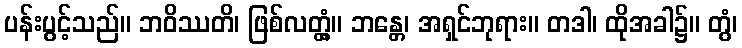
ပန်းပွင့်သည်။ ဘဝိဿတိ၊ ဖြစ်လတ္တံ့။ ဘန္တေ၊ အရှင်ဘုရား။ တဒါ၊ ထိုအခါ၌။ တွံ၊